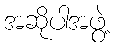
အဆိုပါအဖွဲ့